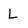
Character: L